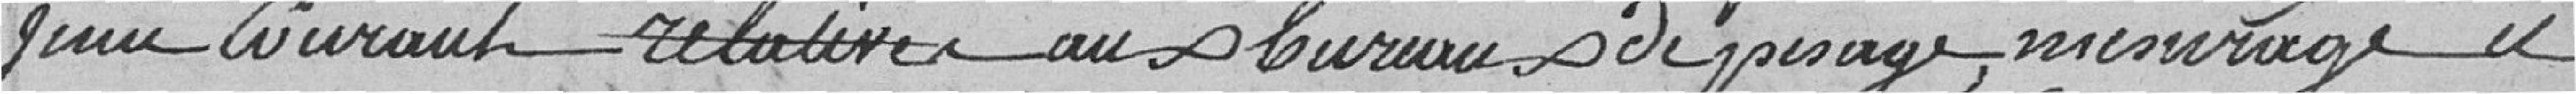
juin courant, relative aux bureaux de pesage, mesurage et